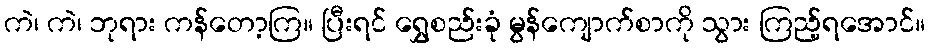
ကဲ၊ ကဲ၊ ဘုရား ကန်တော့ကြ။ ပြီးရင် ရွှေစည်းခုံ မွန်ကျောက်စာကို သွား ကြည့်ရအောင်။